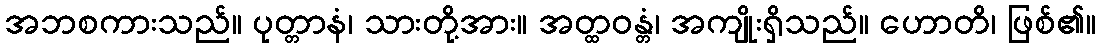
အဘစကားသည်။ ပုတ္တာနံ၊ သားတို့အား။ အတ္ထဝန္တံ၊ အကျိုးရှိသည်။ ဟောတိ၊ ဖြစ်၏။